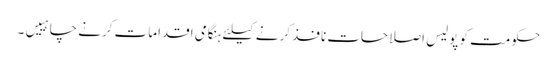
حکومت کو پولیس اصلاحات نافذ کرنے کیلئے ہنگامی اقدامات کرنے چاہییں۔